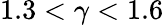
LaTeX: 1.3<\gamma<1.6